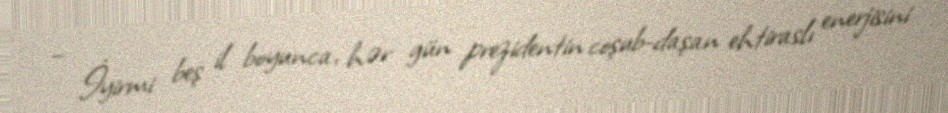
– İyirmi beş il boyunca, hər gün prezidentin coşub-daşan ehtiraslı enerjisini